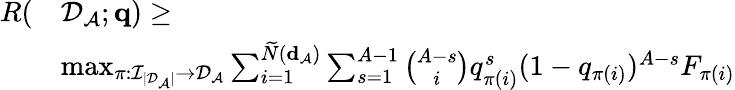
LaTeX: \begin{array}{rl}{R(}&{{\cal D}_{\cal A};{\mathbf q})\geq}\\ &{\operatorname*{max}_{\pi:{\cal I}_{|{\cal D}_{\cal A}|}\rightarrow{\cal D}_{\cal A}}\sum_{i=1}^{\widetilde N({\mathbf d}_{\cal A})}\sum_{s=1}^{A-1}\binom{A-s}{i}q_{\pi(i)}^{s}(1-q_{\pi(i)})^{A-s}F_{\pi(i)}}\end{array}